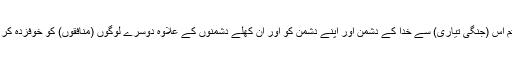
تاکہ تم اس (جنگی تیاری) سے خدا کے دشمن اور اپنے دشمن کو اور ان کھلے دشمنوں کے علاوہ دوسرے لوگوں (منافقوں) کو خوفزدہ کر سکو۔